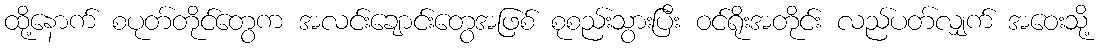
ထို့နောက် စပုတ်တိုင်တွေက အလင်းချောင်းတွေအဖြစ် စုစည်းသွားပြီး ဝင်ရိုးအတိုင်း လည်ပတ်လျှက် အဝေးသို့